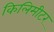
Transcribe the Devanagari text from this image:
किलिमीटर